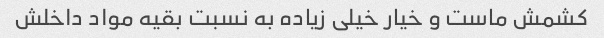
کشمش ماست و خیار خیلی زیاده به نسبت بقیه مواد داخلش